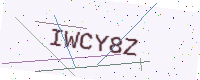
Text: IWCY8Z